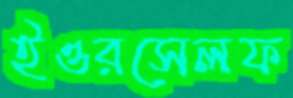
ইওরসেলফ